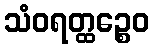
သံဝရတ္ထဉ္စေဝ